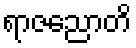
ရာဇညောတိ